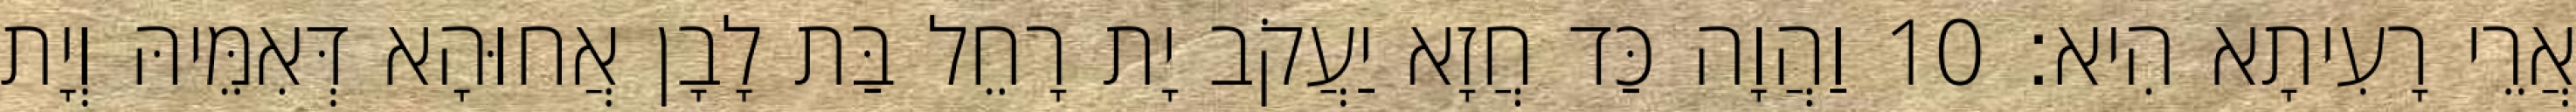
אֲרֵי רָעִיתָא הִיא׃ 10 וַהֲוָה כַּד חֲזָא יַעֲקֹב יָת רָחֵל בַּת לָבָן אֲחוּהָא דְּאִמֵּיהּ וְיָת